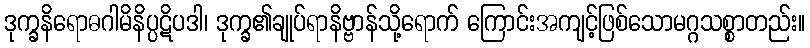
ဒုက္ခနိရောဓဂါမိနိပ္ပဋိပဒါ၊ ဒုက္ခ၏ချုပ်ရာနိဗ္ဗာန်သို့ရောက် ကြောင်းအကျင့်ဖြစ်သောမဂ္ဂသစ္စာတည်း။